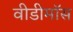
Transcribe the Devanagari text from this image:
वीडीमॉस